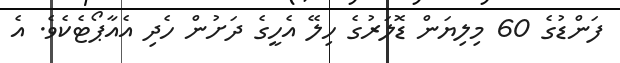
ފަންޑުގެ 60 މިލިޔަން ޑޮލަރުގެ ހިލޭ އެހީގެ ދަށުން ހެދި އެއާޕޯޓެކެވެ. އެ